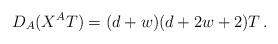
LaTeX: \begin{align*}D_A(X^AT)=(d+w)(d+2w+2)T\, .\end{align*}